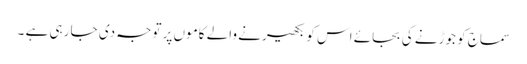
سماج کو جوڑنے کی بجائے اس کو بکھیرنے والے کاموں پر توجہ دی جا رہی ہے ۔